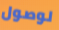
لوصول